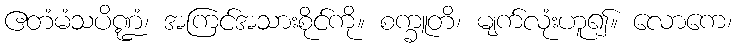
ဧတံမံသပိဏ္ဍံ၊ အကြင်အသားစိုင်ကို။ စက္ခူတိ၊ မျက်လုံးဟူ၍။ လောကေ၊